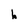
Character: h